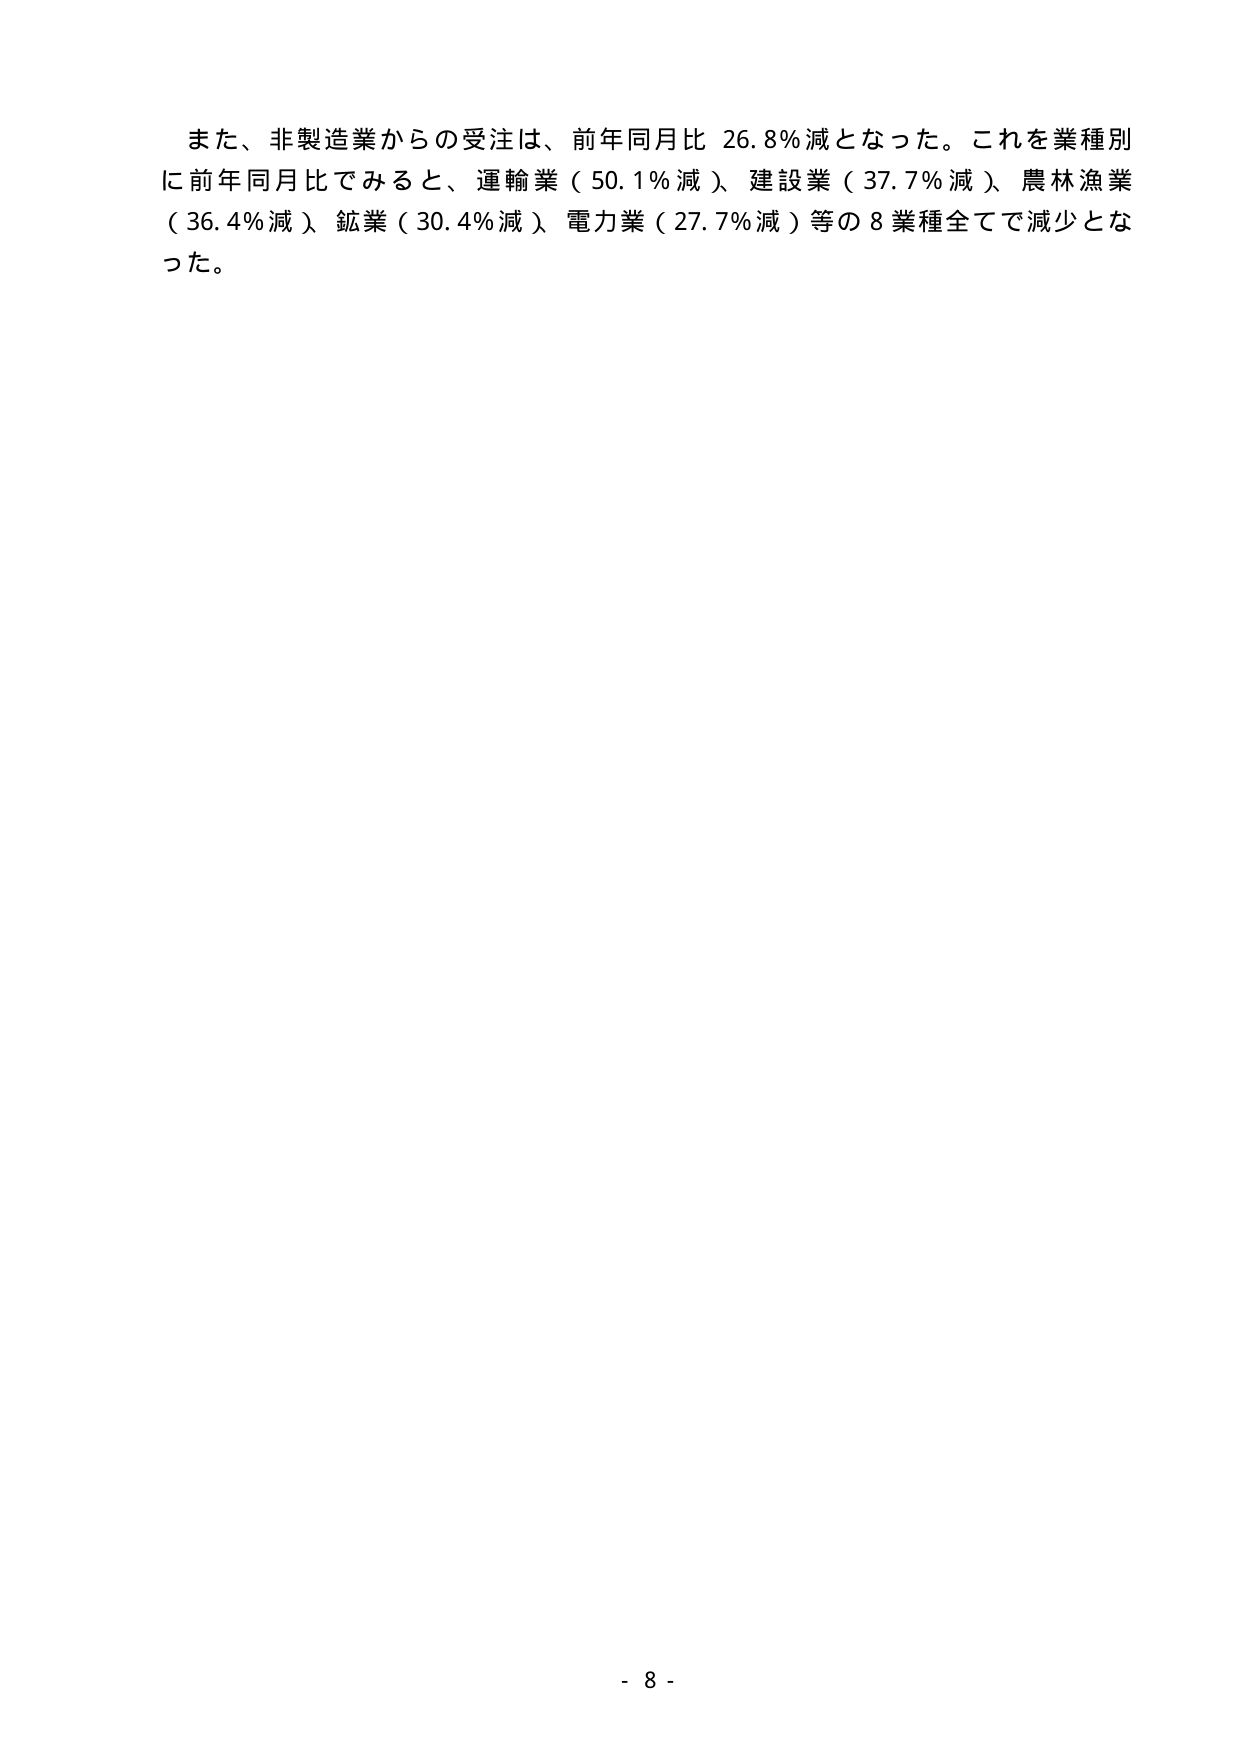
また、非製造業からの受注は、前年同月比 26.8％減となった。これを業種別に前年同月比でみると、運輸業（50.1％減）、建設業（37.7％減）、農林漁業（36.4％減）、鉱業（30.4％減）、電力業（27.7％減）等の8業種全てで減少となった。

- 8 -